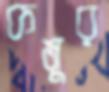
কমুর